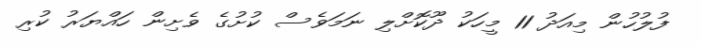
ފުލުހުން މިއަދު 11 މީހަކު ދޫކޮށްލި ނަމަވެސް ކުށުގެ ވެށިން ހައްޔަރު ކުރި